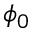
\phi _ { 0 }